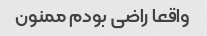
واقعا راضی بودم ممنون